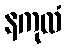
နကုလံ